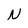
Character: N